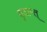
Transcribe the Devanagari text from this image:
वृतान्त्